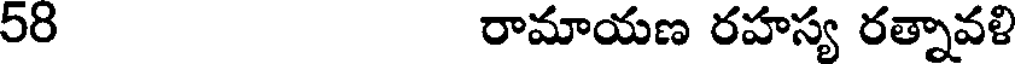
58 రామాయణ రహస్య రత్నావళి